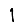
Digit: 1